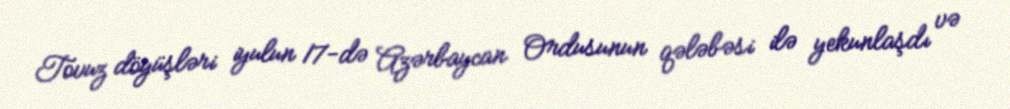
Tovuz döyüşləri iyulun 17-də Azərbaycan Ordusunun qələbəsi ilə yekunlaşdı və